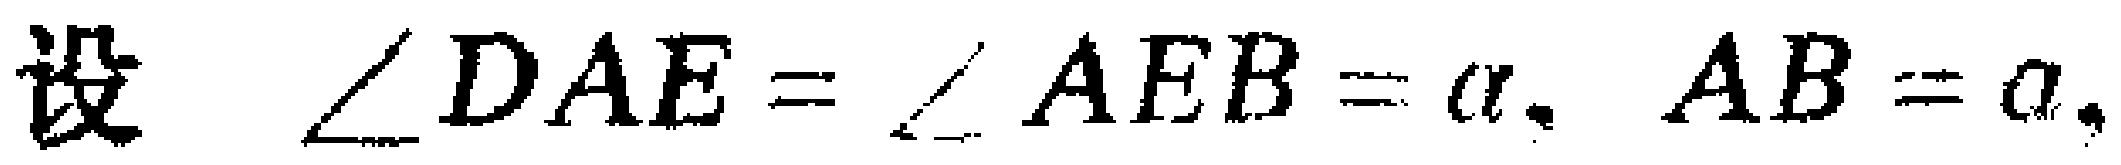
设 $\angle DAE = \angle AEB = \alpha, AB = a,$